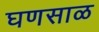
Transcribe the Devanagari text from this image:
घणसाळ